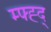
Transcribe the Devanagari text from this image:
म्फ्ह्द्